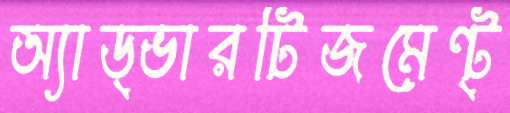
অ্যাড্‌ভারটিজমেন্‌ট্‌